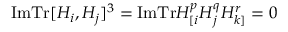
\mathrm { I m T r } [ H _ { i } , H _ { j } ] ^ { 3 } = \mathrm { I m T r } H _ { [ i } ^ { p } H _ { j } ^ { q } H _ { k ] } ^ { r } = 0